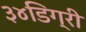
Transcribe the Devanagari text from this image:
३४डिग्री